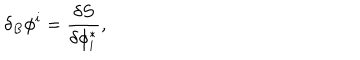
LaTeX: \delta _ { B } \phi ^ { i } = \frac { \delta S } { \delta \phi _ { i } ^ { * } } ,